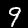
Label: 9